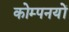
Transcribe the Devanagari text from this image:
कोम्पनयों